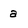
Character: a